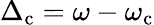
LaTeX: \Delta_{\mathrm{c}}=\omega-\omega_{\mathrm{c}}